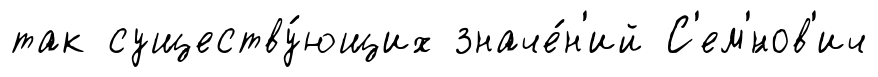
так существу́ющих значе́н'ий С'ем'́нов'ич